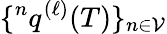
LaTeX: \{ {}^{n}q^{(\ell)}(T)\} _{n\in\mathcal{V}}